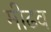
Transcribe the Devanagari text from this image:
मीढव